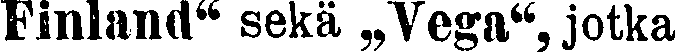
Finland" sekä „Vega", jotka